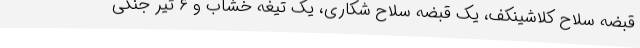
قبضه سلاح کلاشینکف، یک قبضه سلاح شکاری، یک تیغه خشاب و ۶ تیر جنگی